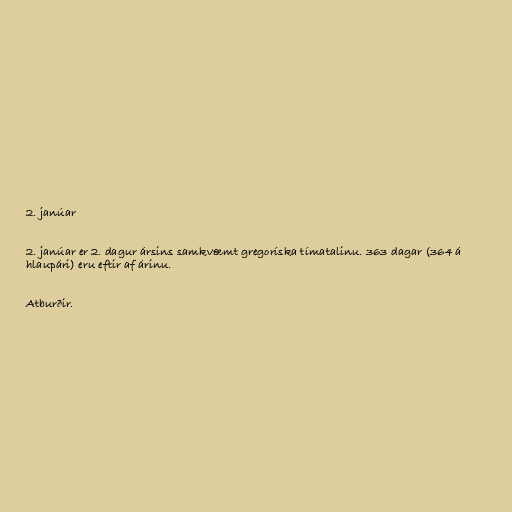
2. janúar

2. janúar er 2. dagur ársins samkvæmt gregoríska tímatalinu. 363 dagar (364 á
hlaupári) eru eftir af árinu.

Atburðir.